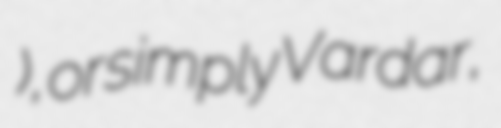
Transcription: Скопје), or simply Vardar,